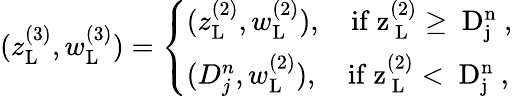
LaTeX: \begin{array}{r}{(z_{\mathrm{L}}^{(3)},w_{\mathrm{L}}^{(3)})=\left\{ \begin{array}{ll}{(z_{\mathrm{L}}^{(2)},w_{\mathrm{L}}^{(2)}),\quad\mathrm{if~z^{(2)}_\mathrm{~L}\geq~D^n_j~},}\\ {(D_{j}^{n},w_{\mathrm{L}}^{(2)}),\quad\mathrm{if~z^{(2)}_\mathrm{~L}<~D^n_j~},}\end{array}\right.}\end{array}